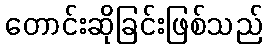
တောင်းဆိုခြင်းဖြစ်သည်